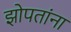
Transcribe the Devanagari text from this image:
झोपतांना